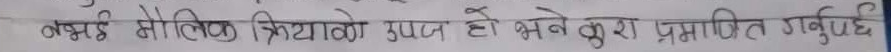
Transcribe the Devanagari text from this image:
कसै मौलिक क्रियाको उपज हो भने कुरा प्रमाणित गर्नुपर्छ।